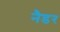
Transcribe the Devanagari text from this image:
नैडर